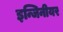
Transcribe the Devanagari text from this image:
इन्जिनीयर